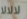
لالالا